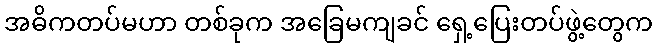
အဓိကတပ်မဟာ တစ်ခုက အခြေမကျခင် ရှေ့ပြေးတပ်ဖွဲ့တွေက